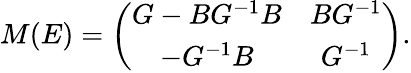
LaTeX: M(E)=\left(\begin{array}{cc}{{G-BG^{-1}B}}&{{BG^{-1}}}\\ {{-G^{-1}B}}&{{G^{-1}}}\end{array}\right).